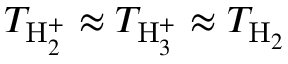
T _ { \mathrm { H } _ { 2 } ^ { + } } \approx T _ { \mathrm { H } _ { 3 } ^ { + } } \approx T _ { \mathrm { H } _ { 2 } }